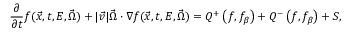
\frac { \partial } { \partial t } f ( \vec { x } , t , E , \vec { \Omega } ) + | \vec { v } | \vec { \Omega } \cdot \nabla f ( \vec { x } , t , E , \vec { \Omega } ) = Q ^ { + } \left( f , f _ { \beta } \right) + Q ^ { - } \left( f , f _ { \beta } \right) + S ,